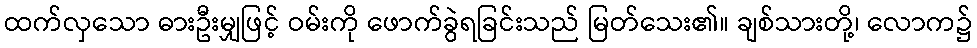
ထက်လှသော ဓားဦးမျှဖြင့် ဝမ်းကို ဖောက်ခွဲရခြင်းသည် မြတ်သေး၏။ ချစ်သားတို့၊ လောက၌